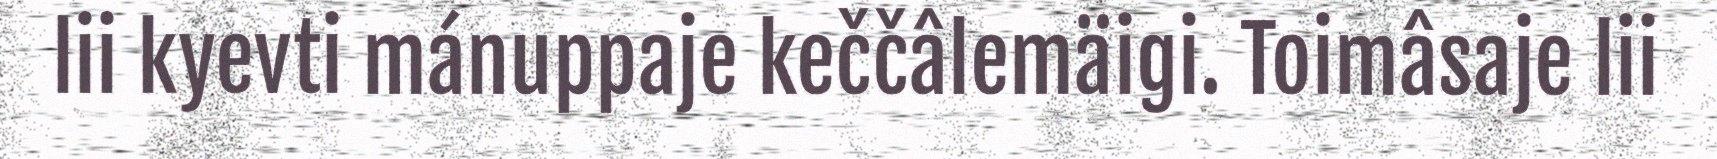
lii kyevti mánuppaje keččâlemäigi. Toimâsaje lii